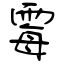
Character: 霉